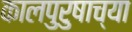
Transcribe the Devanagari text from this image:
कालपुरुषाच्या